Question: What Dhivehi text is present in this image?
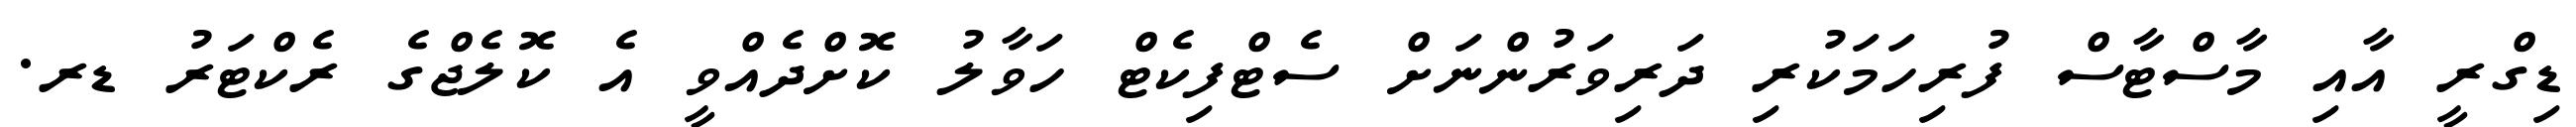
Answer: ޑިގްރީ އާއި މާސްޓާސް ފުރިހަމަކުރި ދަރިވަރުންނަށް ސެޓްފިކެޓް ހަވާލު ކޮށްދެއްވީ އެ ކޮލެޖްގެ ރެކްޓަރު ޑރ.